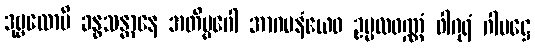
ဒုဗ္ဗလောပိ ခန္ဓသန္တာနေ အတိပ္ပဂေါ အာဂမနံယေဝ ဥပ္ပလဝဏ္ဏံ ဝါဂုရံ ဂါမဋ္ဌေ